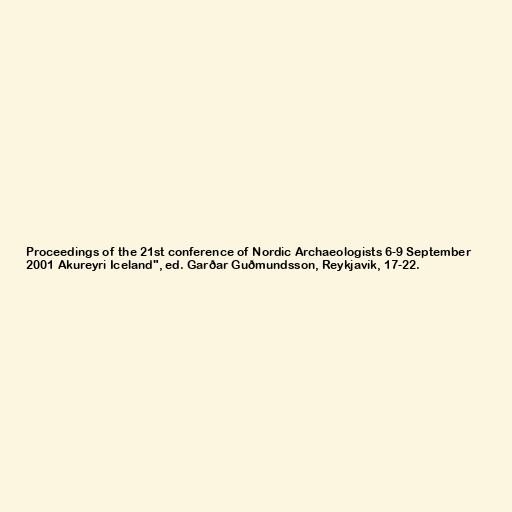
Proceedings of the 21st conference of Nordic Archaeologists 6-9 September
2001 Akureyri Iceland", ed. Garðar Guðmundsson, Reykjavík, 17-22.